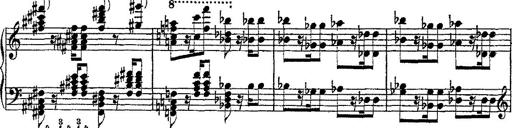
Title: Fantaisie romantique sur deux mÃ©lodies suisses
Composer: Franz Liszt